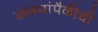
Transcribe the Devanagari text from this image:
कलमांपैकीची